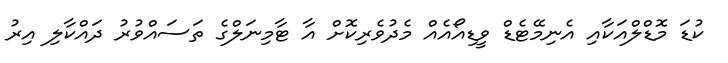
ކުޑަ މޮޑްލްއަކާއި އެނިމޭޓެޑް ވީޑިއޯއެއް މެދުވެރިކޮށް އާ ޓާމިނަލްގެ ތަސައްވުރު ދައްކާލި އިރު